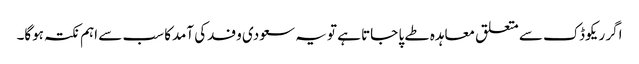
اگر ریکوڈک سے متعلق معاہدہ طے پا جاتا ہے تو یہ سعودی وفدکی آمدکا سب سے اہم نکتہ ہوگا۔